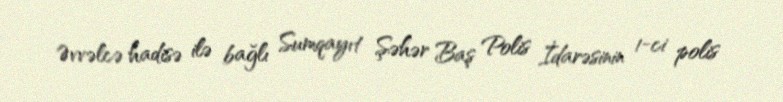
Əvvəlcə hadisə ilə bağlı Sumqayıt Şəhər Baş Polis İdarəsinin 1-ci polis